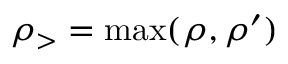
\rho _ { > } = \operatorname* { m a x } ( \rho , \rho ^ { \prime } )